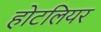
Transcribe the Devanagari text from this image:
होटलियर